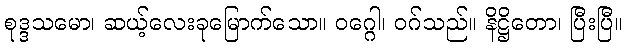
စုဒ္ဒသမော၊ ဆယ့်လေးခုမြောက်သော။ ဝဂ္ဂေါ၊ ဝဂ်သည်။ နိဋ္ဌိတော၊ ပြီးပြီ။